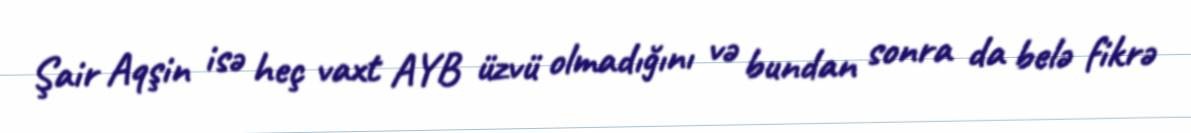
Şair Aqşin isə heç vaxt AYB üzvü olmadığını və bundan sonra da belə fikrə